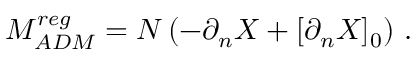
M _ { A D M } ^ { r e g } = N \left( - \partial _ { n } X + [ \partial _ { n } X ] _ { 0 } \right) \, .